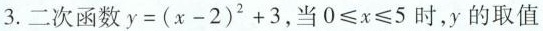
3.二次函数 $$y = ( x - 2 ) ^ { 2 } + 3$$ 当$$0 ≤ x ≤ 5$$时，y的取值